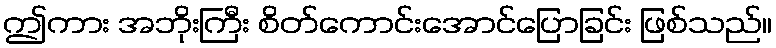
ဤကား အဘိုးကြီး စိတ်ကောင်းအောင်ပြောခြင်း ဖြစ်သည်။